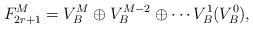
LaTeX: \begin{align*}F_{2r+1}^M=V_B^M\oplus V_B^{M-2}\oplus\cdots V_B^1 (V_B^0),\end{align*}